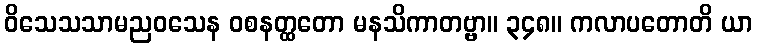
ဝိသေသသာမညဝသေန ဝစနတ္ထတော မနသိကာတဗ္ဗာ။ ၃၄၈။ ကလာပတောတိ ယာ